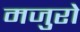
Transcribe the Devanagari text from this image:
मजुरो